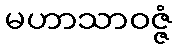
မဟာသာဝဇ္ဇံ